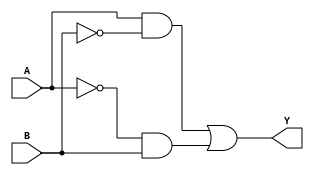
module xor_gate (
    input A,
    input B,
    output Y
);

wire Y1, Y2;

assign Y1 = A & ~B;
assign Y2 = ~A & B;

assign Y = Y1 | Y2;

endmodule